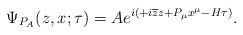
\begin{align*}\Psi _{P_{A}}(z,x;\tau )=Ae^{i\left( +i\overline{z}z+P_{\mu }x^{\mu }-H\tau\right) }. \end{align*}